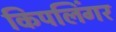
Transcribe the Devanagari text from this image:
किपलिंगर